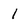
Character: 1